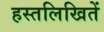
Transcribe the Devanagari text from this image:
हस्तलिखितें